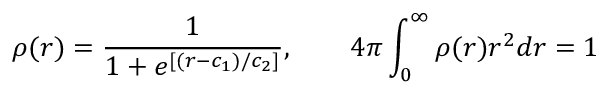
\rho ( r ) = \frac { 1 } { 1 + e ^ { [ ( r - c _ { 1 } ) / c _ { 2 } ] } } , \qquad 4 \pi \int _ { 0 } ^ { \infty } \rho ( r ) r ^ { 2 } d r = 1